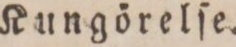
Kungörelſe.